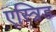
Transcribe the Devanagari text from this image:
एस्त्रिड